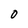
Character: 0